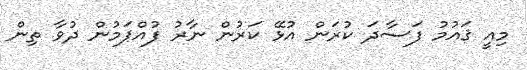
މިއީ ޤައުމު ފަސާދަ ކުރަން އުޅޭ ކަރުން ނާރު ފުއްޕަމުން ދުވާ ތިން